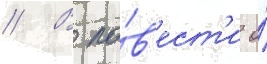
// В по́в'ест'и о́